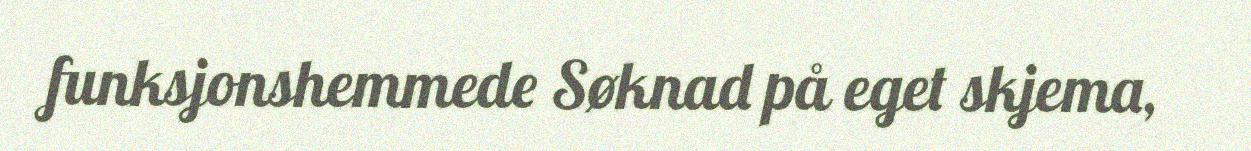
funksjonshemmede Søknad på eget skjema,